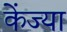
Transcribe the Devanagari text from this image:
केंज्या